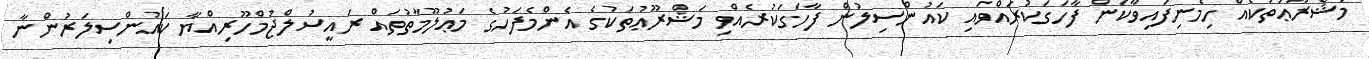
މަޝްރޫޢުތަކެއް ހިމެނިފައިވާކަން ފާހަގަކުރައްވައި ކައުންސިލުން ފާހަގަކުރެއްވި މަޝްރޫޢުތަކުގެ އެންމެފަހުގެ މަޢުލޫމާތުތައް ރައީސުލްޖުމްހޫރިއްޔާ ކައުންސިލަރުންނާ